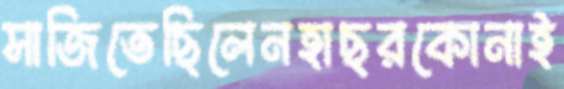
সাজিতেছিলেনহাছরকোনাই